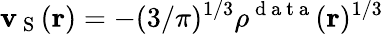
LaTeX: \mathbf{v}_{\mathrm{{~S~}}}(\boldsymbol{\textbf{{r}}})=-(3/\pi)^{1/3}\rho^{\mathrm{{~d~a~t~a~}}}(\boldsymbol{\textbf{{r}}})^{1/3}